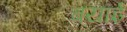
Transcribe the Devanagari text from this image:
बयाई